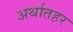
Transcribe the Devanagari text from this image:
अर्थातहर